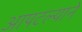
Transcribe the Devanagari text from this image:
आपटल्याने